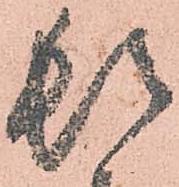
頓